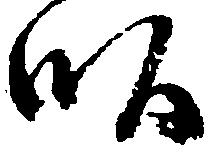
畝